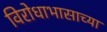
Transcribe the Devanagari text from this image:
विरोधाभासाच्या